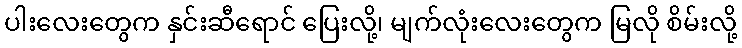
ပါးလေးတွေက နှင်းဆီရောင် ပြေးလို့၊ မျက်လုံးလေးတွေက မြလို စိမ်းလို့